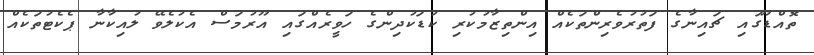
ތޮއްޑޫގައި ޗައިނާގެ ފަތުރުވެރިންތަކެއް އިންތިޒާމުކުރި ކުޑަކުދިންގެ ހަވީރެއްގައި އޫރުމަސް އެކުލެވޭ ލުއިކާނާ ޕެކެޓުތަކެއް